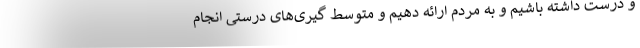
و درست داشته باشیم و به مردم ارائه دهیم و متوسط گیری‌های درستی انجام